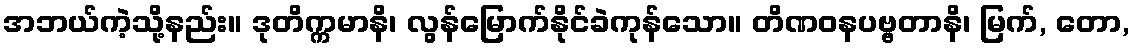
အဘယ်ကဲ့သို့နည်း။ ဒုတိက္ကမာနိ၊ လွန်မြောက်နိုင်ခဲကုန်သော။ တိဏဝနပဗ္ဗတာနိ၊ မြက်, တော,